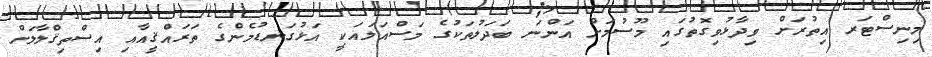
މިނިސްޓަރ އިތުރަށް ވިދާޅުވިގޮތުގައި މޫސުމަށް އަންނަ ބަދަލުތަކުގެ މަސްއަލައަކީ އަޅުގަނޑުމެންގެ ތަރައްޤީއާއި އިސްތިޤްލާލަށް